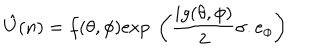
LaTeX: \hat { U } ( n ) = f ( \theta , \phi ) \mathrm { e x p } \ \left( \frac { i g ( \theta , \phi ) } { 2 } \sigma . e _ { \phi } \right)